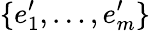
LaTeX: \{ e_{1}^{\prime},\ldots,e_{m}^{\prime}\}